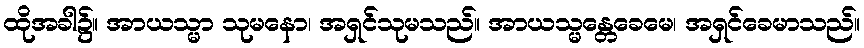
ထိုအခါ၌။ အာယသ္မာ သုမနော၊ အရှင်သုမသည်။ အာယသ္မန္တေခေမေ၊ အရှင်ခေမာသည်။